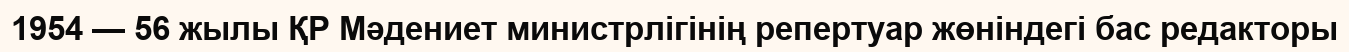
1954 — 56 жылы ҚР Мәдениет министрлігінің репертуар жөніндегі бас редакторы